Lunatic asylums in Bengal annual reports 1899-1911 - 1899-1911
Year: 1899
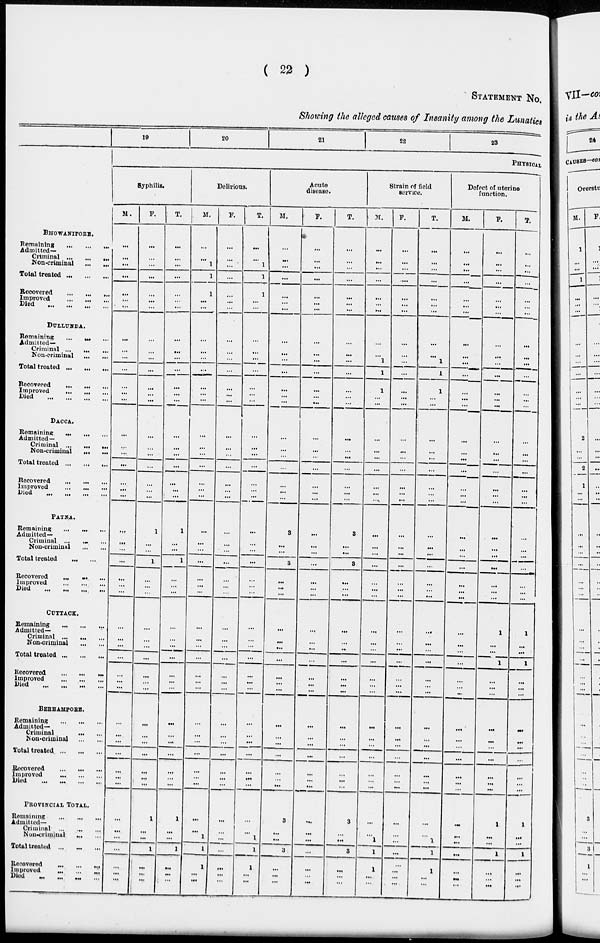
( 22 )
STATEMENT No.
Showing the alleged causes of Insanity among the Lunatics
BHOWANIPORE.
Remaining
...
...
...
Admitted—
Criminal
...
...
...
Non-criminal ... ...
Total treated
...
...
...
Recovered
...
...
...
Improved ... ... ...
Died
...
...
...
...
DULLUNDA.
Remaining ... ... ...
Admitted—
Criminal
...
...
...
Non-criminal
...
...
Total treated
...
...
...
Recovered
...
...
...
Improved
...
...
...
Died
...
...
...
...
DACCA.
Remaining
...
...
...
Admitted—
Criminal
...
...
...
Non-criminal ......
Total treated
...
...
...
Recovered
...
...
...
Improved
...
...
...
Died
...
...
...
...
PATNA.
Remaining
...
...
...
Admitted—
Criminal ... ... ...
Non-criminal
...
...
Total treated
...
...
Recovered ... ... ...
Improved
...
...
...
Died
...
...
...
...
CUTTACK.
Remaining
...
...
...
Admitted—
Criminal
...
...
...
Non-criminal ... ...
Total treated
...
...
...
Recovered
...
...
...
Improved
...
...
...
Died
...
...
...
...
BERHAMPORE.
Remaining
...
...
...
Admitted—
Criminal
...
...
Non-criminal
...
...
Total treated
...
...
...
Recovered
...
...
...
Improved
...
...
...
Died
...
...
...
...
PROVINCIAL TOTAL.
Remaining
...
...
...
Admitted—
Criminal
...
...
...
Non-criminal ... ...
Total treated ... ... ...
Recovered
...
...
...
Improved ... ... ...
Died
...
...
...
...
19
20
21
22
23
PHYSICAL
Syphilis.
M.
...
...
...
...
...
...
...
...
...
...
...
...
...
...
...
...
...
...
...
...
...
...
...
...
...
...
...
...
...
...
...
...
...
...
...
...
...
...
...
...
...
...
...
...
...
...
...
...
...
F.
...
...
...
...
...
...
...
...
...
...
...
...
...
...
...
...
...
...
...
...
...
1
...
...
1
...
...
...
...
...
...
...
...
...
...
...
...
...
...
...
...
...
1
...
...
1
...
...
...
T.
...
...
...
...
...
...
...
...
...
...
...
...
...
...
...
...
...
...
...
...
...
1
...
...
1
...
...
...
...
...
...
...
...
...
...
...
...
...
... ...
...
...
1
...
...
1
...
...
...
Delirious.
M.
...
...
1
1
1
...
...
...
...
...
...
...
...
...
...
...
...
...
...
...
...
...
...
...
...
...
...
...
...
...
...
...
...
...
...
...
...
...
...
...
...
...
...
...
1
1
1
...
...
F.
...
...
...
...
...
...
...
...
...
...
...
...
...
...
...
...
...
...
...
...
...
...
...
...
...
...
...
...
...
...
...
...
...
...
...
...
...
...
...
...
...
...
...
...
...
...
...
...
...
T.
...
...
1
1
1
...
...
...
...
...
...
...
...
...
...
...
...
...
...
...
...
...
...
...
...
...
...
...
...
...
...
...
...
...
...
...
...
...
...
...
...
...
...
...
1
1
1
...
...
Acute
disease.
M.
...
...
...
...
...
...
...
...
...
...
...
...
...
...
...
...
...
...
...
...
...
3
...
...
3
...
...
...
...
...
...
...
...
...
...
...
...
...
...
...
...
...
3
...
...
3
...
...
...
F.
...
...
...
...
...
...
...
...
...
...
...
...
...
...
...
...
...
...
...
...
...
...
...
...
...
...
...
...
...
...
...
...
...
...
...
...
...
...
...
...
...
...
...
...
...
...
...
...
...
T.
...
...
...
...
...
...
...
...
...
...
...
...
...
...
...
...
...
...
...
...
...
3
...
...
3
...
...
...
...
...
...
...
...
...
...
...
...
...
...
...
...
...
3
...
...
3
...
...
...
Strain of field
service.
M.
...
...
...
...
...
...
...
...
...
1
1
1
...
...
...
...
...
...
...
...
...
...
...
...
...
...
...
...
...
...
...
...
...
...
...
...
...
...
...
...
...
...
...
...
1
1
1
...
...
F.
...
...
...
...
...
...
...
...
...
...
...
...
...
...
...
...
...
...
...
...
...
...
...
...
...
...
...
...
...
...
...
...
...
...
...
...
...
...
...
...
...
...
...
...
...
...
...
...
...
T.
...
...
...
...
...
...
...
...
...
1
1
1
...
...
...
...
...
...
...
...
...
...
...
...
...
...
...
...
...
...
...
...
...
...
...
...
...
...
...
...
...
...
...
...
1
1
1
...
...
Defect of uterine
function.
M.
...
...
...
...
...
...
...
...
...
...
...
...
...
...
...
...
...
...
...
...
...
...
...
...
...
...
...
...
...
...
...
...
...
...
...
...
...
...
...
...
...
...
...
...
...
...
...
...
...
F.
...
...
...
...
...
...
...
...
...
...
...
...
...
...
...
...
...
...
...
...
...
...
...
...
...
...
...
...
1
...
...
1
...
...
...
...
...
...
...
...
...
...
1
...
...
1
...
...
...
T.
...
...
...
...
...
...
...
...
...
...
...
...
...
...
...
...
...
...
...
...
...
...
...
...
...
...
...
1
...
...
1
...
...
...
...
...
...
...
...
...
...
1
...
...
1
...
...
...